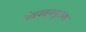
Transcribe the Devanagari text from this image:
चेन्नबसवपुराण